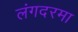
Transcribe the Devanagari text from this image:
लंगदरमा